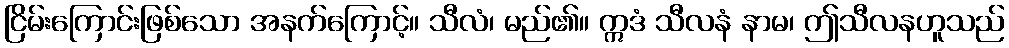
ငြိမ်းကြောင်းဖြစ်သော အနက်ကြောင့်။ သီလံ၊ မည်၏။ ဣဒံ သီလနံ နာမ၊ ဤသီလနဟူသည်